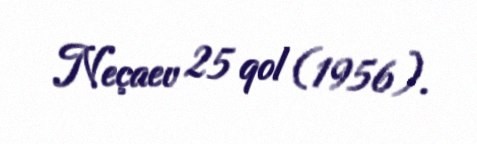
Neçaev 25 qol (1956).